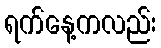
ရက်နေ့ကလည်း